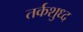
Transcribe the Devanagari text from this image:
तर्कशुध्द